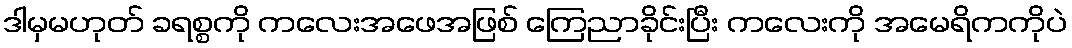
ဒါမှမဟုတ် ခရစ္စကို ကလေးအဖေအဖြစ် ကြေညာခိုင်းပြီး ကလေးကို အမေရိကကိုပဲ